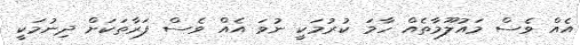
އެއް ވެސް މައުލޫމާތެއް ހާމަ ކުރުމަކީ ނުވަ އެއް ވެސް ފަރާތަކަށް ދިނުމަކީ